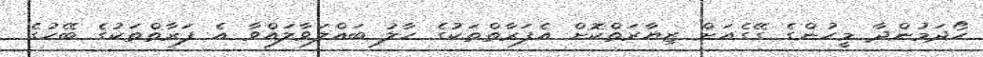
ހޯދަމުންދާ މީހުންގެ ގޭގެއަށް ޒިޔާރަތްކޮށް އެފަރާތްތަކުގެ ހާލު ބައްލަވާލައްވާ އެ ފަރާތްތަކުގެ ބޭހުގެ